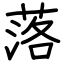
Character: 落